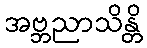
အဗ္ဘညာသိန္တိ